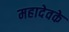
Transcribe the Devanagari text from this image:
महादेवके